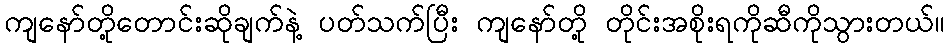
ကျနော်တို့တောင်းဆိုချက်နဲ့ ပတ်သက်ပြီး ကျနော်တို့ တိုင်းအစိုးရကိုဆီကိုသွားတယ်။